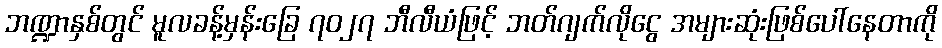
ဘဏ္ဍာနှစ်တွင် မူလခန့်မှန်းခြေ ၇၀၂၇ ဘီလီယံဖြင့် ဘတ်ဂျက်လိုငွေ အများဆုံးဖြစ်ပေါ်နေတာကို